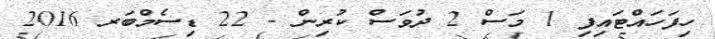
ހިފަހައްޓައިފި 1 މަސް 2 ދުވަސް ކުރިން - 22 ޑިސެމްބަރ 2016